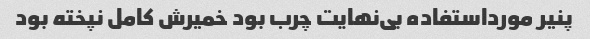
پنیر مورداستفاده بی‌نهایت چرب بود خمیرش کامل نپخته بود